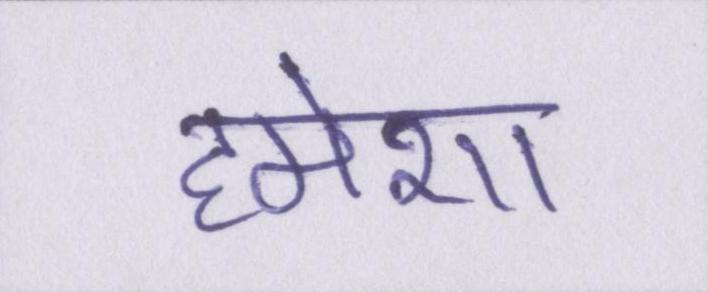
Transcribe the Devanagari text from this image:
हमेशा